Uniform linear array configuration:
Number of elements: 4
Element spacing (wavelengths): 1
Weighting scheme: cosine
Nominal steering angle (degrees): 0
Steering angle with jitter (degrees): -1.1
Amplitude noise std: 0.05
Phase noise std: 0.05

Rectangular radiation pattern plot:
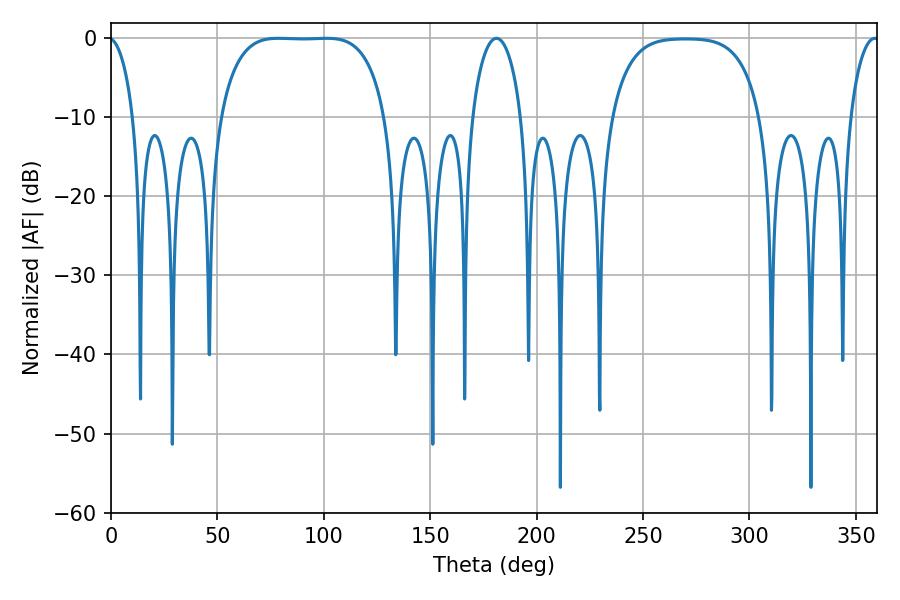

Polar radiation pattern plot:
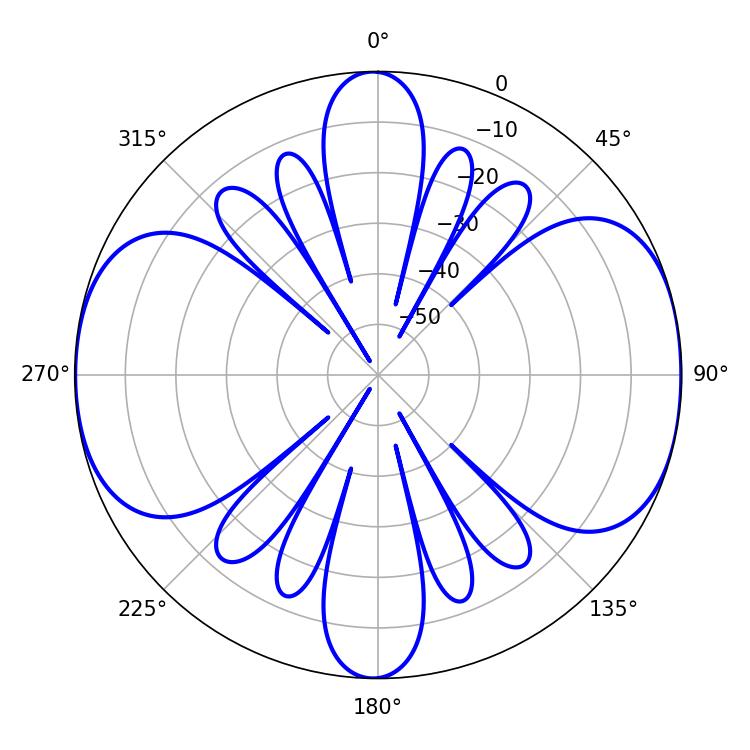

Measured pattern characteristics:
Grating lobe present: TRUE
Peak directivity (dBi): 11.124
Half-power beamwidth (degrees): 60.12
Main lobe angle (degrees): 78.66